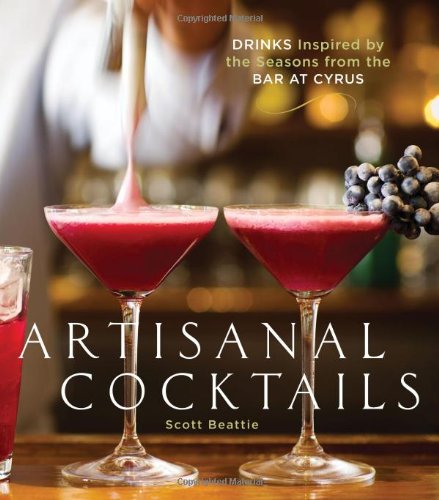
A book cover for Artisanal Cocktails: Drinks Inspired by the Seasons from the Bar at Cyrus; Scott Beattie; Cookbooks, Food & Wine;